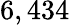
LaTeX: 6,434